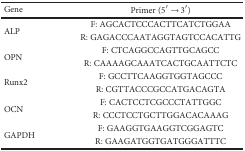
| Gene | Primer (5′ → 3′) |
 | --- | --- |
 | <ROWSPAN=2> ALP | F: AGCACTCCCACTTCATCTGGAA |
 | R: GAGACCCAATAGGTAGTCCACATTG |
 | <ROWSPAN=2> OPN | F: CTCAGGCCAGTTGCAGCC |
 | R: CAAAAGCAAATCACTGCAATTCTC |
 | <ROWSPAN=2> Runx2 | F: GCCTTCAAGGTGGTAGCCC |
 | R: CGTTACCCGCCATGACAGTA |
 | <ROWSPAN=2> OCN | F: CACTCCTCGCCCTATTGGC |
 | R: CCCTCCTGCTTGGACACAAAG |
 | <ROWSPAN=2> GAPDH | F: GAAGGTGAAGGTCGGAGTC |
 | R: GAAGATGGTGATGGGATTTC |